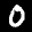
Digit: 0